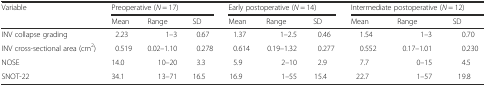
<table><thead><tr><td rowspan="2"><b>Variable</b></td><td colspan="3"><b>Preoperative (<i>N</i> = 17)</b></td><td colspan="3"><b>Early postoperative (<i>N</i> = 14)</b></td><td colspan="3"><b>Intermediate postoperative (<i>N</i> = 12)</b></td></tr><tr><td><b>Mean</b></td><td><b>Range</b></td><td><b>SD</b></td><td><b>Mean</b></td><td><b>Range</b></td><td><b>SD</b></td><td><b>Mean</b></td><td><b>Range</b></td><td><b>SD</b></td></tr></thead><tbody><tr><td>INV collapse grading</td><td>2.23</td><td>1–3</td><td>0.67</td><td>1.37</td><td>1–2.5</td><td>0.46</td><td>1.54</td><td>1–3</td><td>0.70</td></tr><tr><td>INV cross-sectional area (cm<sup>2</sup>)</td><td>0.519</td><td>0.02–1.10</td><td>0.278</td><td>0.614</td><td>0.19–1.32</td><td>0.277</td><td>0.552</td><td>0.17–1.01</td><td>0.230</td></tr><tr><td>NOSE</td><td>14.0</td><td>10–20</td><td>3.3</td><td>5.9</td><td>2–10</td><td>2.9</td><td>7.7</td><td>0–15</td><td>4.5</td></tr><tr><td>SNOT-22</td><td>34.1</td><td>13–71</td><td>16.5</td><td>16.9</td><td>1–55</td><td>15.4</td><td>22.7</td><td>1–57</td><td>19.8</td></tr></tbody></table>